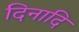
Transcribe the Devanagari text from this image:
दिनादि